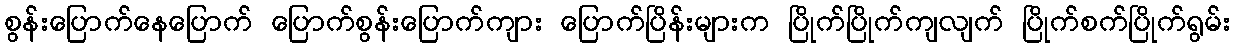
စွန်းပြောက်နေပြောက် ပြောက်စွန်းပြောက်ကျား ပြောက်ပြိန်းများက ပြိုက်ပြိုက်ကျလျက် ပြိုက်စက်ပြိုက်ရွမ်း